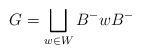
LaTeX: \begin{align*} G = \bigsqcup_{w\in W} B^-wB^-\end{align*}